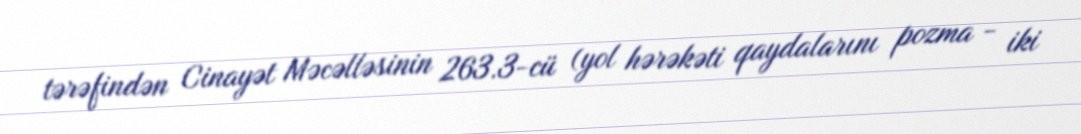
tərəfindən Cinayət Məcəlləsinin 263.3-cü (yol hərəkəti qaydalarını pozma - iki